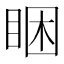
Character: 睏